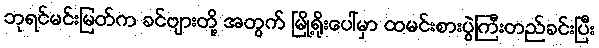
ဘုရင်မင်းမြတ်က ခင်ဗျားတို့ အတွက် မြို့ရိုးပေါ်မှာ ထမင်းစားပွဲကြီးတည်ခင်းပြီး